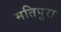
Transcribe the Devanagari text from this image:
मतिपुरा